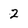
Character: 2